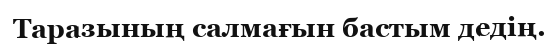
Таразының салмағын бастым дедің.